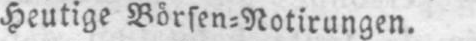
Heutige Börsen⸗Notirungen.